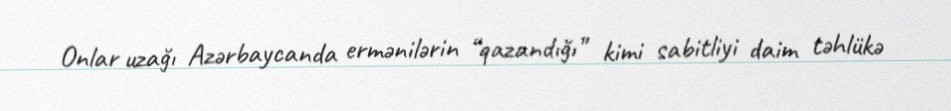
Onlar uzağı Azərbaycanda ermənilərin “qazandığı” kimi sabitliyi daim təhlükə